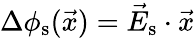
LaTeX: \Delta\phi_{\textrm{s}}(\vec{x})=\vec{E}_{\textrm{s}}\cdot\vec{x}